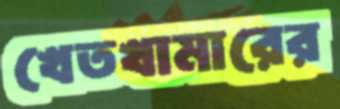
খেতখামারের